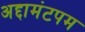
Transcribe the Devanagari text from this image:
अद्दामंटपम